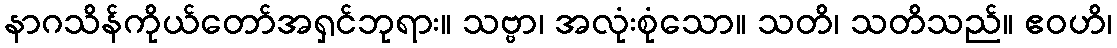
နာဂသိန်ကိုယ်တော်အရှင်ဘုရား။ သဗ္ဗာ၊ အလုံးစုံသော။ သတိ၊ သတိသည်။ ဧဝဟိ၊